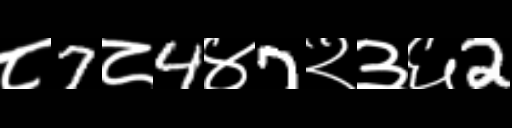
Text: ८7८4४7२३६2